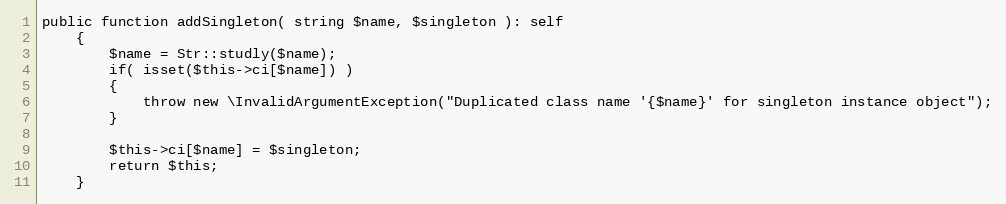
Language: PHP
public function addSingleton( string $name, $singleton ): self
	{
		$name = Str::studly($name);
		if( isset($this->ci[$name]) )
		{
			throw new \InvalidArgumentException("Duplicated class name '{$name}' for singleton instance object");
		}

		$this->ci[$name] = $singleton;
		return $this;
	}